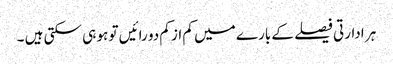
ہر ادارتی فیصلے کے بارے میں کم از کم دو رائیں تو ہو ہی سکتی ہیں ۔